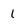
Character: 1